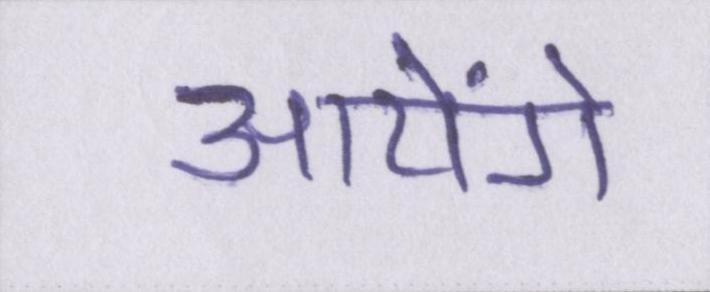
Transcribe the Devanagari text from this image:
आयेंगे